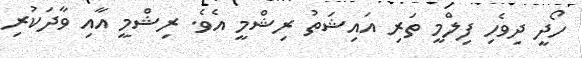
ހޯދީ ދިވެހި ފިލްމީ ތަރި އައިޝަތު ރިޝްމީ އެވެ. ރިޝްމީ އާއި ވާދަކުރި